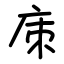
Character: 㢀